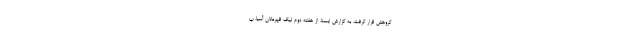
گروهش قرار گرفت. به گزارش ایسنا، از هفته دوم لیگ قهرمانان آسیا، پ